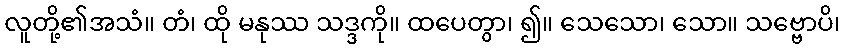
လူတို့၏အသံ။ တံ၊ ထို မနုဿ သဒ္ဒကို။ ထပေတွာ၊ ၍။ သေသော၊ သော။ သဗ္ဗောပိ၊